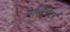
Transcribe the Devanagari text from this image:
नेव्हिगेटर